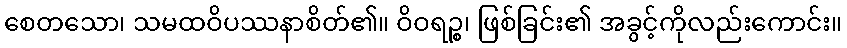
စေတသော၊ သမထဝိပဿနာစိတ်၏။ ဝိဝရဉ္စ၊ ဖြစ်ခြင်း၏ အခွင့်ကိုလည်းကောင်း။